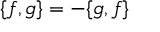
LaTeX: \{ f , g \} = - \{ g , f \}